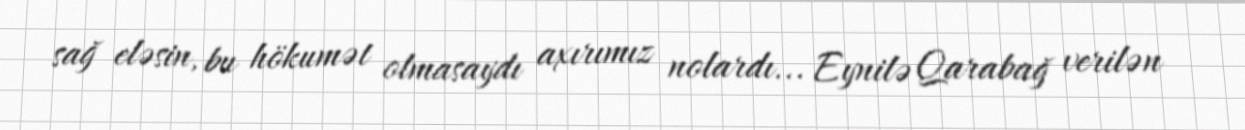
sağ eləsin, bu hökumət olmasaydı axırımız nolardı... Eynilə Qarabağ verilən